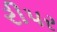
રીપર